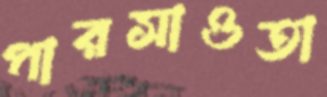
পারসাওতা